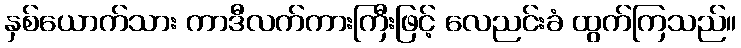
နှစ်ယောက်သား ကာဒီလက်ကားကြီးဖြင့် လေညင်းခံ ထွက်ကြသည်။